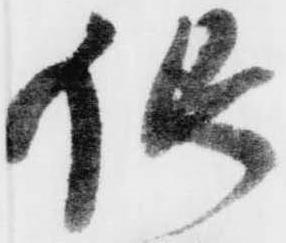
銀